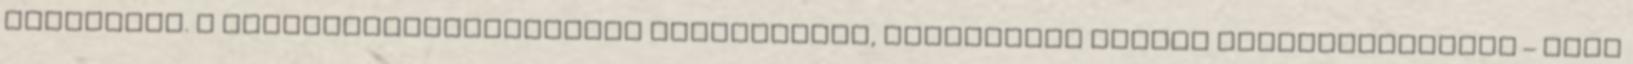
Köszönjük. A TRANZITFOGLALKOZTATÁS JELENTŐSÉGE, TÁRSADALMI HATÁSA FoglalkoztaTárs – Társ